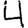
Digit: 4